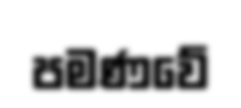
පමණවේ